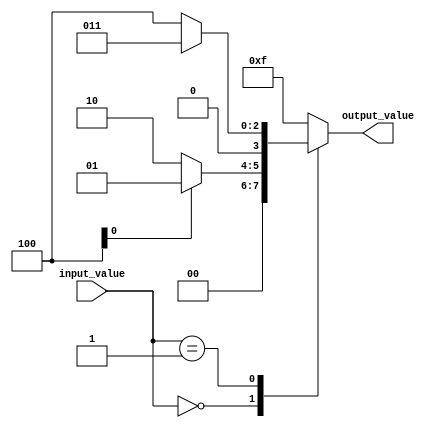
module behavior_modeling_block (
    input [2:0] input_value,
    output reg [3:0] output_value
);

always @(*) begin
    case (input_value)
        3'b000: begin
            if (additional_condition_1) begin
                output_value <= 4'b0001;
            end
            else begin
                output_value <= 4'b0010;
            end
        end
        3'b001: begin
            if (additional_condition_2) begin
                output_value <= 4'b0011;
            end
            else begin
                output_value <= 4'b0100;
            end
        end
        // Add more branches as needed
        default: begin
            output_value <= 4'b1111;
        end
    endcase
end

endmodule